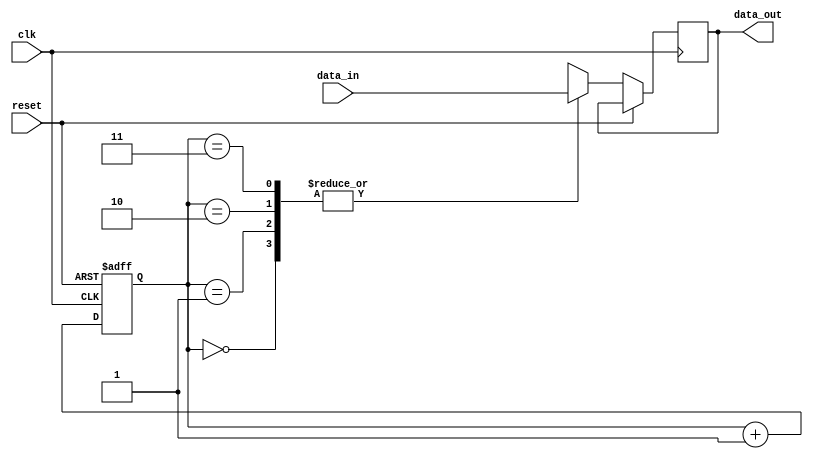
module timing_control_and_synchronization (
  input wire clk,
  input wire reset,
  input wire data_in,
  output reg data_out
);

reg [1:0] delay_control;

always @(posedge clk or posedge reset) begin
  if (reset) begin
    delay_control <= 0;
  end else begin
    case(delay_control)
      2'b00: data_out <= data_in;
      2'b01: data_out <= #1 data_in;
      2'b10: data_out <= #2 data_in;
      2'b11: data_out <= #3 data_in;
    endcase
    delay_control <= delay_control + 1;
  end
end

endmodule